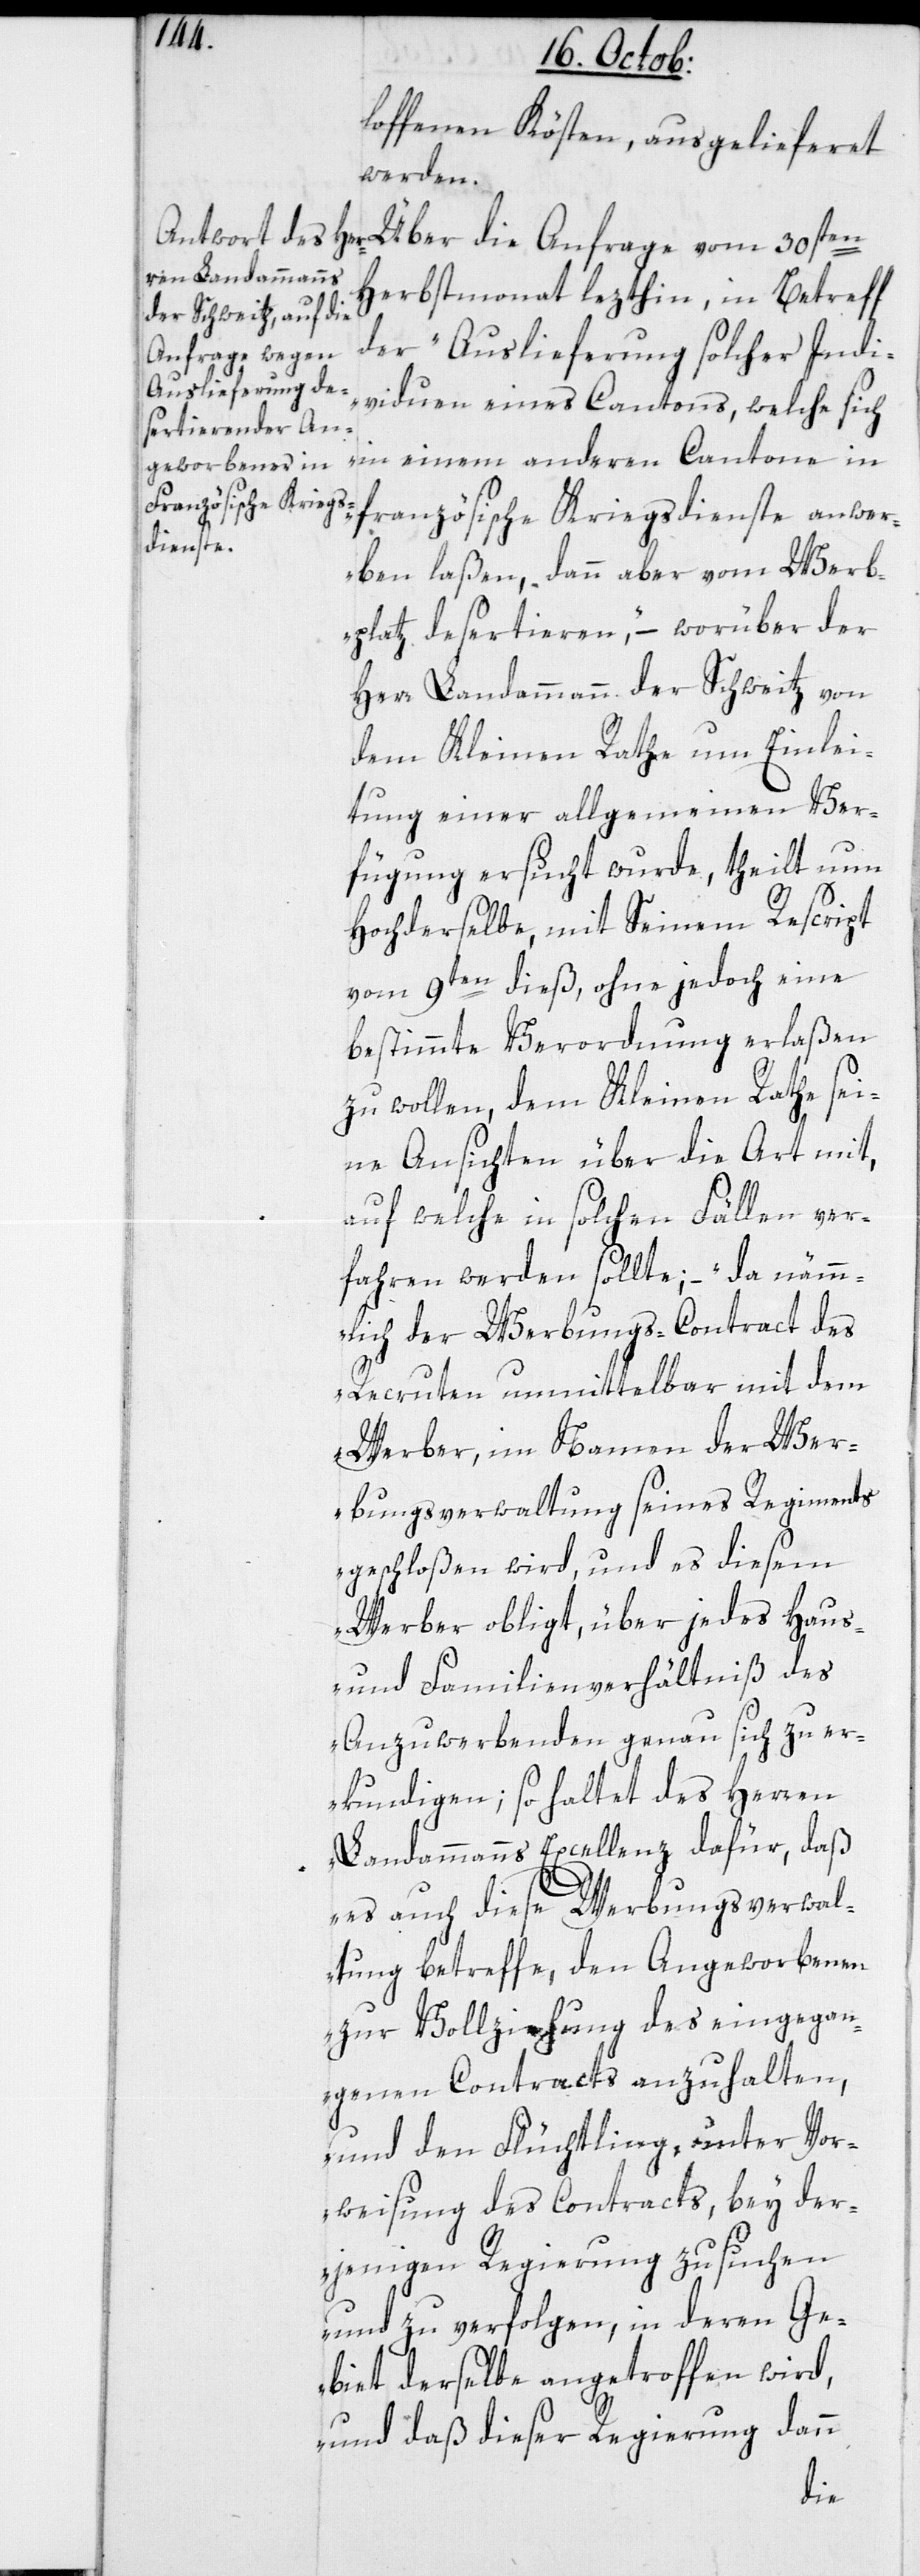
loffenen Kösten, ausgelieferet
werden.
Herbstmonat lezthin, in Betreff
der „Auslieferung solcher Indi¬
viduen eines Cantons, welche sich
in einem anderen Cantone in
französische Kriegsdienste anwer¬
ben laßen, dann aber vom Werb¬
platz desertieren,“ – worüber der
Herr Landammann der Schweitz von
dem Kleinen Rathe um Einlei¬
tung einer allgemeinen Ver¬
fügung ersucht wurde, theilt nun
Hochderselbe mit Seinem Rescript
vom 9ten dieß, ohne jedoch eine
bestimmte Verordnung erlaßen
zu wollen, dem Kleinen Rathe sei¬
ne Ansichten über die Art mit,
auf welche in solchen Fällen ver¬
fahren werden sollte; – „da nämm¬
lich der Werbungs-Contract des
Recruten unmittelbar mit dem
Werber, im Namen der Wer¬
bungsverwaltung seines Regiments
geschloßen wird, und es diesem
Werber obligt, über jedes Haus-
und Familienverhältniß des
Anzuwerbenden genau sich zu er¬
kundigen; so haltet des Herren
Landammanns Excellenz dafür, daß
es auch diese Werbungsverwal¬
tung betreffe, den Angeworbenen
zur Vollziehung des eingegan¬
genen Contracts anzuhalten,
und den Flüchtling, unter Vor¬
weisung des Contracts, bey der¬
jenigen Regierung zu suchen
und zu verfolgen, in deren Ge¬
biet derselbe angetroffen wird,
und daß dieser Regierung dann